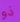
ذو